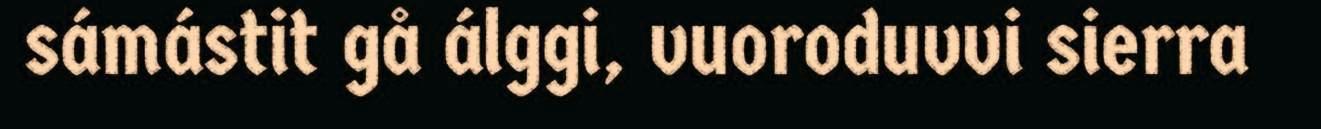
sámástit gå álggi, vuoroduvvi sierra